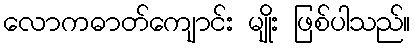
လောကဓာတ်ကျောင်း မျိုး ဖြစ်ပါသည်။